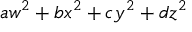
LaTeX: a w ^ { 2 } + b x ^ { 2 } + c y ^ { 2 } + d z ^ { 2 }